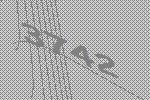
3742